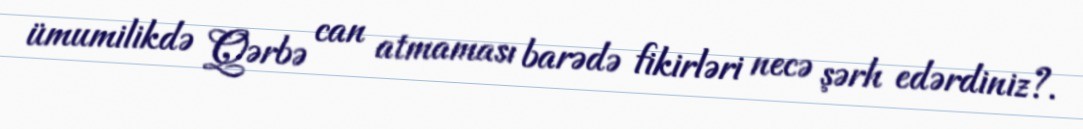
ümumilikdə Qərbə can atmaması barədə fikirləri necə şərh edərdiniz?.